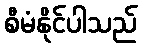
စီမံနိုင်ပါသည်